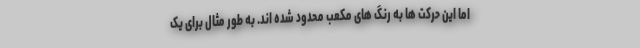
اما این حرکت ها به رنگ های مکعب محدود شده اند. به طور مثال برای یک